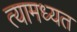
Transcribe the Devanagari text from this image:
त्यामध्यत